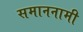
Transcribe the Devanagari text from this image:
समाननामी